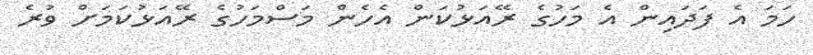
ހަމަ އެ ފަދައިން އެ މަހުގެ ރޭއަޅުކަން އެހެން މަސްމަހުގެ ރޭއަޅުކަމަށް ވުރެ